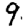
Digit: 9